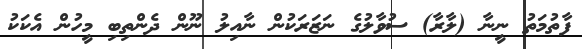
ފާތުމަތު ނީނާ (ލާރާ) ސުވާލުގެ ނަޒަރަކުން ނާއިލު ނޫން ދެންތިބި މީހުން އެކަކު